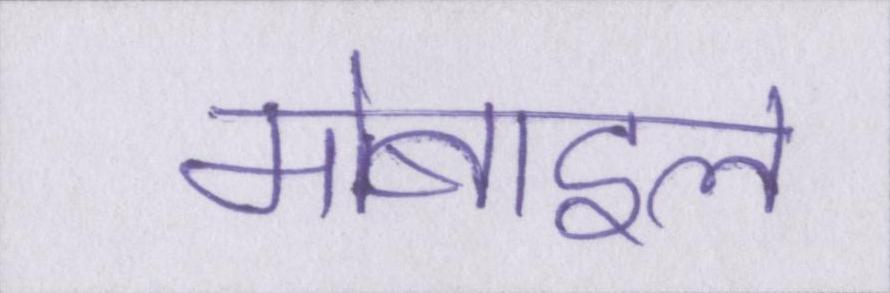
मोबाइल